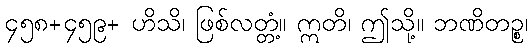
၄၅၈+၄၅၉+ ဟိသိ၊ ဖြစ်လတ္တံ့။ ဣတိ၊ ဤသို့။ ဘဏိတဉ္စ၊